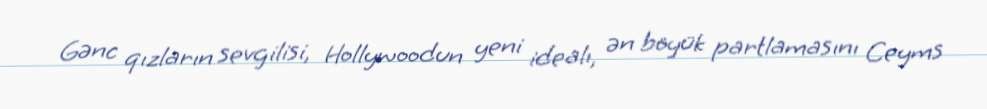
Gənc qızların sevgilisi, Hollywoodun yeni idealı, ən böyük partlamasını Ceyms